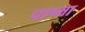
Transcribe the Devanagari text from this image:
पाष्मा